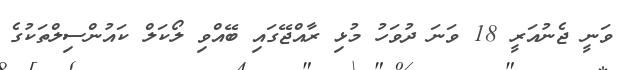
ވަނީ ޖެނުއަރީ 18 ވަނަ ދުވަހު މުޅި ރާއްޖޭގައި ބޭއްވި ލޯކަލް ކައުންސިލްތަކުގެ